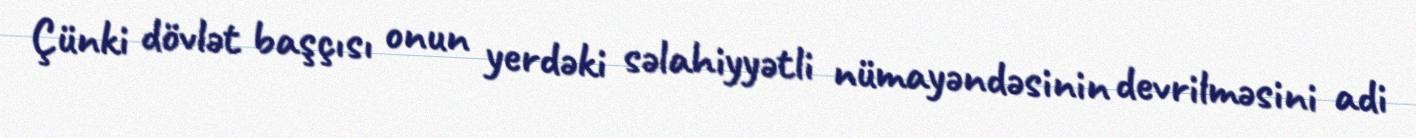
Çünki dövlət başçısı onun yerdəki səlahiyyətli nümayəndəsinin devrilməsini adi